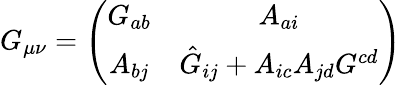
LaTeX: G_{\mu\nu}=\left(\begin{array}{cc}{{G_{ab}}}&{{A_{ai}}}\\ {{A_{bj}}}&{{\hat{G}_{ij}+A_{ic}A_{jd}G^{cd}}}\end{array}\right)